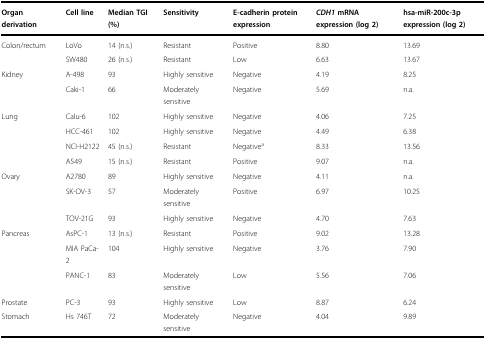
| Organ derivation | Cell line | Median TGI (%) | Sensitivity | E-cadherin protein expression | CDH1 mRNA expression (log 2) | hsa-miR-200c-3p expression (log 2) |
 | --- | --- | --- | --- | --- | --- | --- |
 | Colon/rectum | LoVo | 14 (n.s.) | Resistant | Positive | 8.80 | 13.69 |
 |  | SW480 | 26 (n.s.) | Resistant | Low | 6.63 | 13.67 |
 | Kidney | A-498 | 93 | Highly sensitive | Negative | 4.19 | 8.25 |
 |  | Caki-1 | 66 | Moderately sensitive | Negative | 5.69 | n.a. |
 | Lung | Calu-6 | 102 | Highly sensitive | Negative | 4.06 | 7.25 |
 |  | HCC-461 | 102 | Highly sensitive | Negative | 4.49 | 6.38 |
 |  | NCI-H2122 | 45 (n.s.) | Resistant | Negativea | 8.33 | 13.56 |
 |  | A549 | 15 (n.s.) | Resistant | Positive | 9.07 | n.a. |
 | Ovary | A2780 | 89 | Highly sensitive | Negative | 4.11 | n.a. |
 |  | SK-OV-3 | 57 | Moderately sensitive | Positive | 6.97 | 10.25 |
 |  | TOV-21G | 93 | Highly sensitive | Negative | 4.70 | 7.63 |
 | Pancreas | AsPC-1 | 13 (n.s.) | Resistant | Positive | 9.02 | 13.28 |
 |  | MIA PaCa-2 | 104 | Highly sensitive | Negative | 3.76 | 7.90 |
 |  | PANC-1 | 83 | Moderately sensitive | Low | 5.56 | 7.06 |
 | Prostate | PC-3 | 93 | Highly sensitive | Low | 8.87 | 6.24 |
 | Stomach | Hs 746T | 72 | Moderately sensitive | Negative | 4.04 | 9.89 |